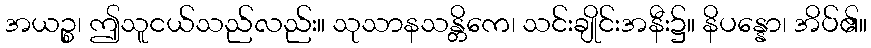
အယဉ္စ၊ ဤသူငယ်သည်လည်း။ သုသာနသန္တိကေ၊ သင်းချိုင်းအနီး၌။ နိပန္နော၊ အိပ်၏။